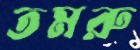
তমরু